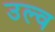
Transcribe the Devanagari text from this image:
उल्व